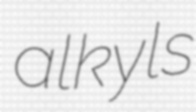
alkyls